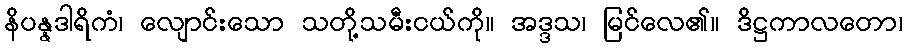
နိပန္နဒါရိကံ၊ လျောင်းသော သတို့သမီးငယ်ကို။ အဒ္ဒသ၊ မြင်လေ၏။ ဒိဋ္ဌကာလတော၊